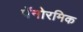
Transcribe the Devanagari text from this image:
पॅनोरमिक